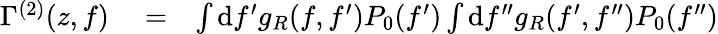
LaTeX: \begin{array}{rlr}{\Gamma^{(2)}(z,f)}&{{}=}&{\int\mathrm{d}f^{\prime}g_{R}(f,f^{\prime})P_{0}(f^{\prime})\int\mathrm{d}f^{\prime\prime}g_{R}(f^{\prime},f^{\prime\prime})P_{0}(f^{\prime\prime})}\end{array}